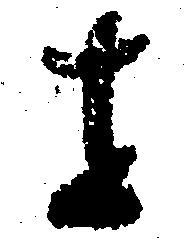
せ